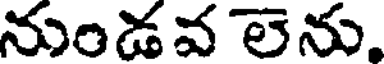
నుండవ లెను.